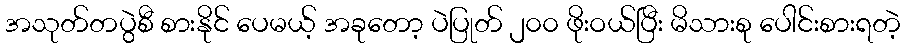
အသုတ်တပွဲစီ စားနိုင် ပေမယ့် အခုတော့ ပဲပြုတ် ၂၀၀ ဖိုးဝယ်ပြီး မိသားစု ပေါင်းစားရတဲ့